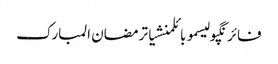
فائرنگپولیسموبائلمنشیاترمضان المبارک